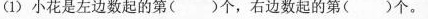
(1)小花是左边数起的第( )个，右边数起的第( )个。